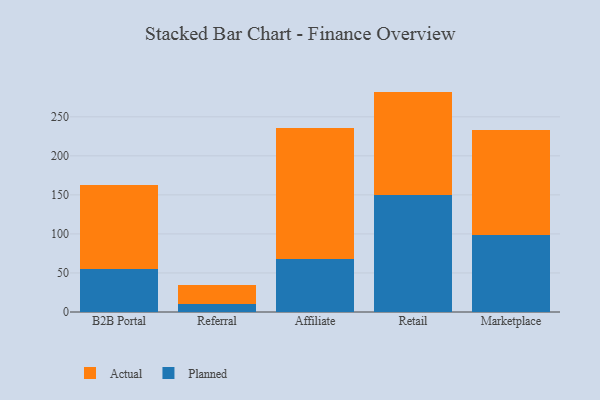
{"axis": {"x": "Channel", "y": "Temperature (°C)"}, "legend": ["Actual", "Planned"], "data": [{"x": "B2B Portal", "y": 55.0, "type": "Planned"}, {"x": "B2B Portal", "y": 107.3, "type": "Actual"}, {"x": "Referral", "y": 10.6, "type": "Planned"}, {"x": "Referral", "y": 23.5, "type": "Actual"}, {"x": "Affiliate", "y": 68.3, "type": "Planned"}, {"x": "Affiliate", "y": 167.8, "type": "Actual"}, {"x": "Retail", "y": 149.7, "type": "Planned"}, {"x": "Retail", "y": 132.6, "type": "Actual"}, {"x": "Marketplace", "y": 98.3, "type": "Planned"}, {"x": "Marketplace", "y": 135.2, "type": "Actual"}]}